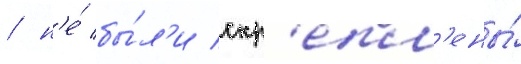
/ н'е́ бы́л'и скр'епл'ены́